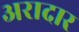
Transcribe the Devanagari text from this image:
अरादार